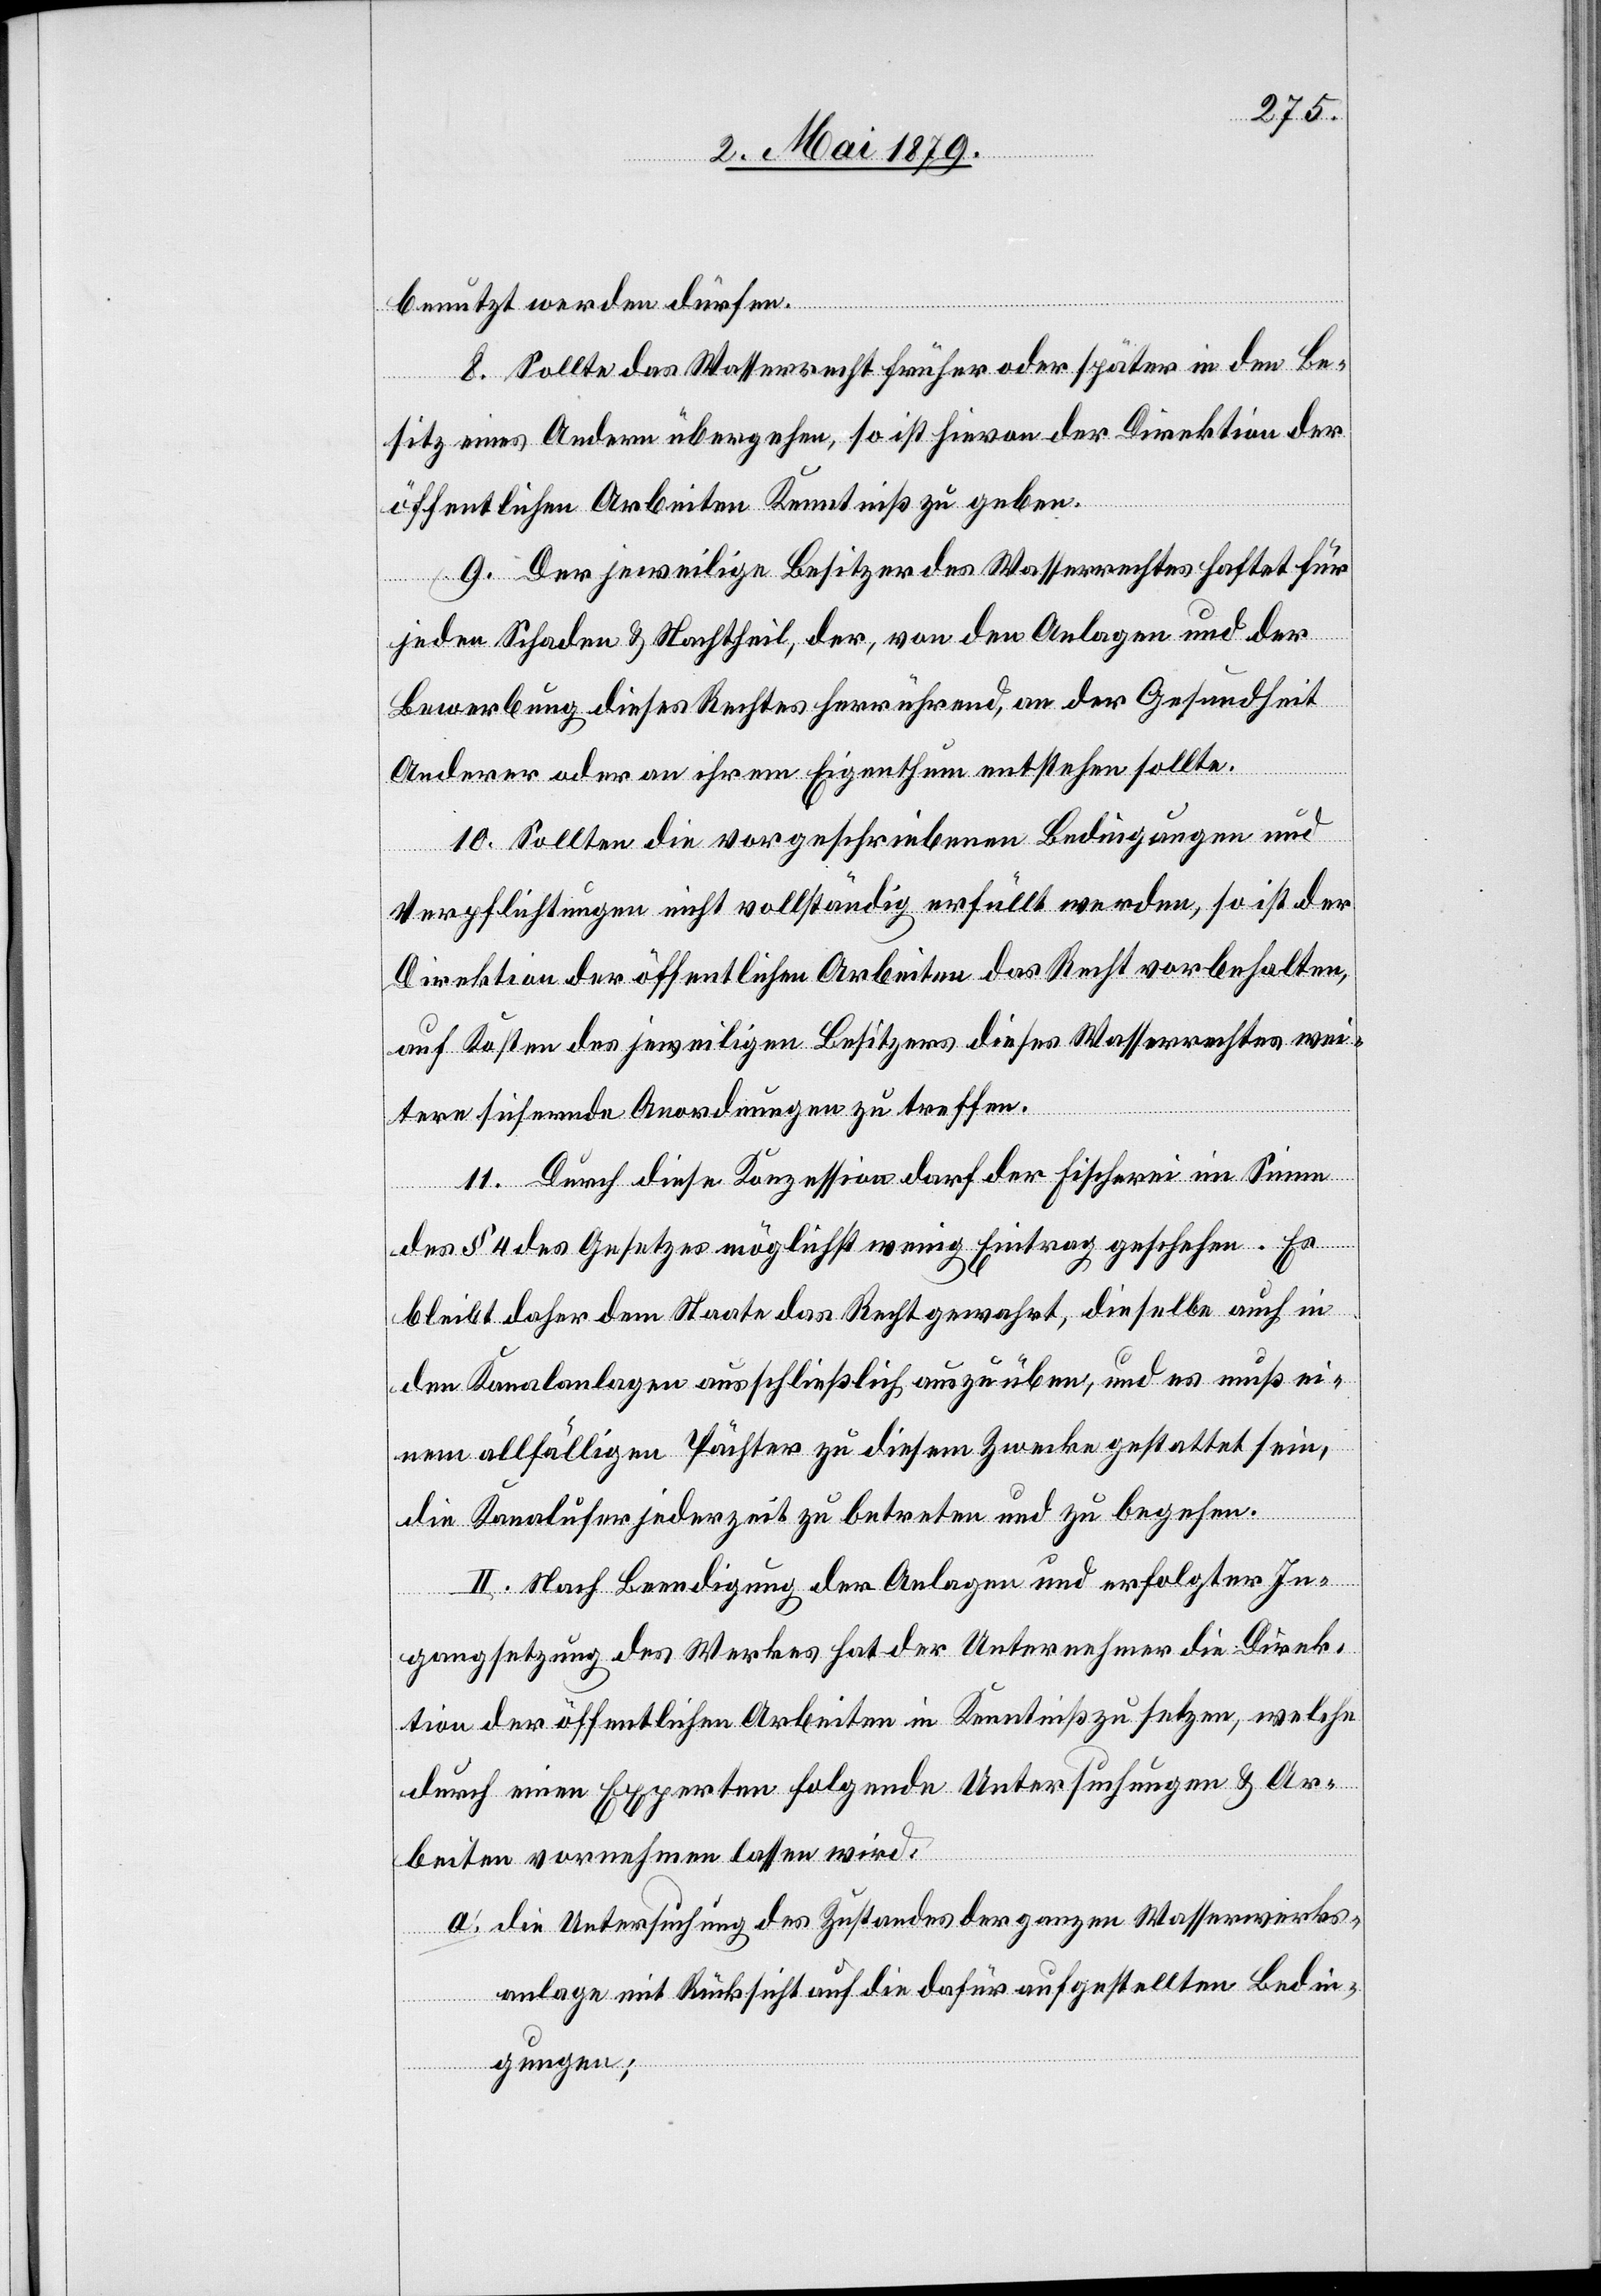
benutzt werden dürfen.
8. Sollte das Wasserrecht früher oder später in den Be¬
sitz eines Andern übergehen, so ist hievon der Direktion der
öffentlichen Arbeiten Kenntniß zu geben.
9. Der jeweilige Besitzer des Wasserrechtes haftet für
jeden Schaden & Nachtheil, der, von den Anlagen und der
Bewerbung diese Rechtes herrührend, an der Gesundheit
Anderer oder an ihrem Eigenthum entstehen sollte.
10. Sollten die vorgeschriebenen Bedingungen und
Verpflichtungen nicht vollständig erfüllt werden, so ist der
Direktion der öffentlichen Arbeiten das Recht vorbehalten,
auf Kosten des jeweiligen Besitzers dieses Wasserrechtes wei¬
tere sichernde Anordnungen zu treffen.
11. Durch diese Konzession darf der Fischerei im Sinne
des § 4 des Gesetzes möglichst wenig Eintrag geschehen. Es
bleibt daher dem Staate das Recht gewahrt, dieselbe auch in
den Kanalanlagen ausschließlich auszuüben, und es muß ei¬
nem allfälligen Pächter zu diesem Zwecke gestattet sein,
die Kanalufer jederzeit zu betreten und zu begehen.
II. Nach Beendigung der Anlagen und erfolgter In¬
gangsetzung des Werkes hat der Unternehmer die Direk¬
tion der öffentlichen Arbeiten in Kenntniß zu setzen, welche
durch einen Experten folgende Untersuchungen & Ar¬
beiten vornehmen lassen wird:
a. die Untersuchung des Zustandes der ganzen Wasserwerks¬
anlage mit Rücksicht auf die dafür aufgestellten Bedin¬
gungen;